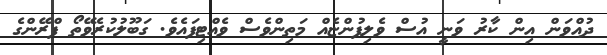
ދުއްވަން އިން ކާރު ވަނީ އުސް ވެލިފުންޏެއް މަތިންވެސް ވެއްޓިފައެވެ. ގަބޫލުކުރެވޭތޯ ފްރޭންގެ